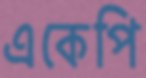
একেপি